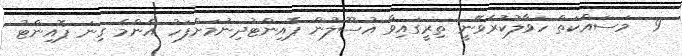
9  މަސައްކަތް ހަވާލުކުރެވޭނީ ތިރީގައިވާ އުސޫލުން ޕޮއިންޓުދިނުމަށްފަހު އެންމެ ގިނަ ޕޮއިންޓު